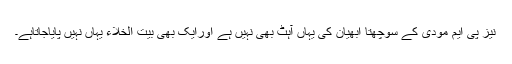
نیز پی ایم مودی کے سوچھتا ابھیان کی یہاں آہٹ بھی نہیں ہے اورایک بھی بیت الخلاء یہاں نہیں پایاجاتاہے۔